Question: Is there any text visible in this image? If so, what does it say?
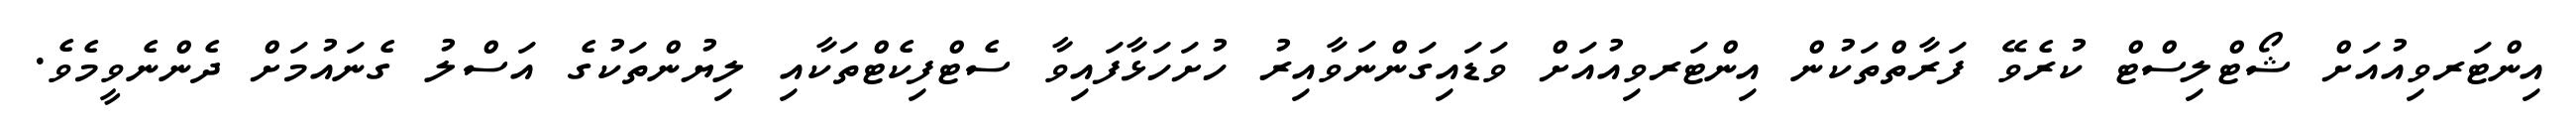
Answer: އިންޓަރވިއުއަށް ޝޯޓްލިސްޓް ކުރެވޭ ފަރާތްތަކުން އިންޓަރވިއުއަށް ވަޑައިގަންނަވާއިރު ހުށަހަޅާފައިވާ ސެޓްފިކެޓްތަކާއި ލިޔުންތަކުގެ އަސްލު ގެނައުމަށް ދެންނެވީމެވެ.